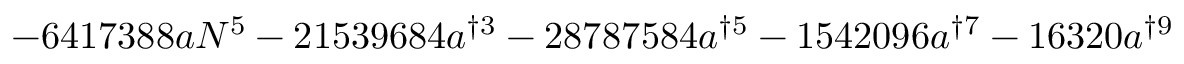
- 6 4 1 7 3 8 8 a N ^ { 5 } - 2 1 5 3 9 6 8 4 a ^ { \dag 3 } - 2 8 7 8 7 5 8 4 a ^ { \dag 5 } - 1 5 4 2 0 9 6 a ^ { \dag 7 } - 1 6 3 2 0 a ^ { \dag 9 }